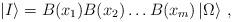
LaTeX: \begin{align*} \left|I\right\rangle =B(x_1)B(x_2)\dots B(x_m)\left|\Omega\right\rangle \,,\end{align*}